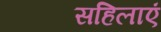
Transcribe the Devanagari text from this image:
सहिलाएं